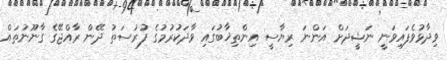
ވިދާޅުވެފައިވަނީ ނަޝީދަށް އަންނަ ރިޔާސީ އިންތިޚާބުގައި ވާދަކުރުމުގެ ފުރުސަތު ދޭން ރާއްޖޭގެ ގާނޫނުތައް